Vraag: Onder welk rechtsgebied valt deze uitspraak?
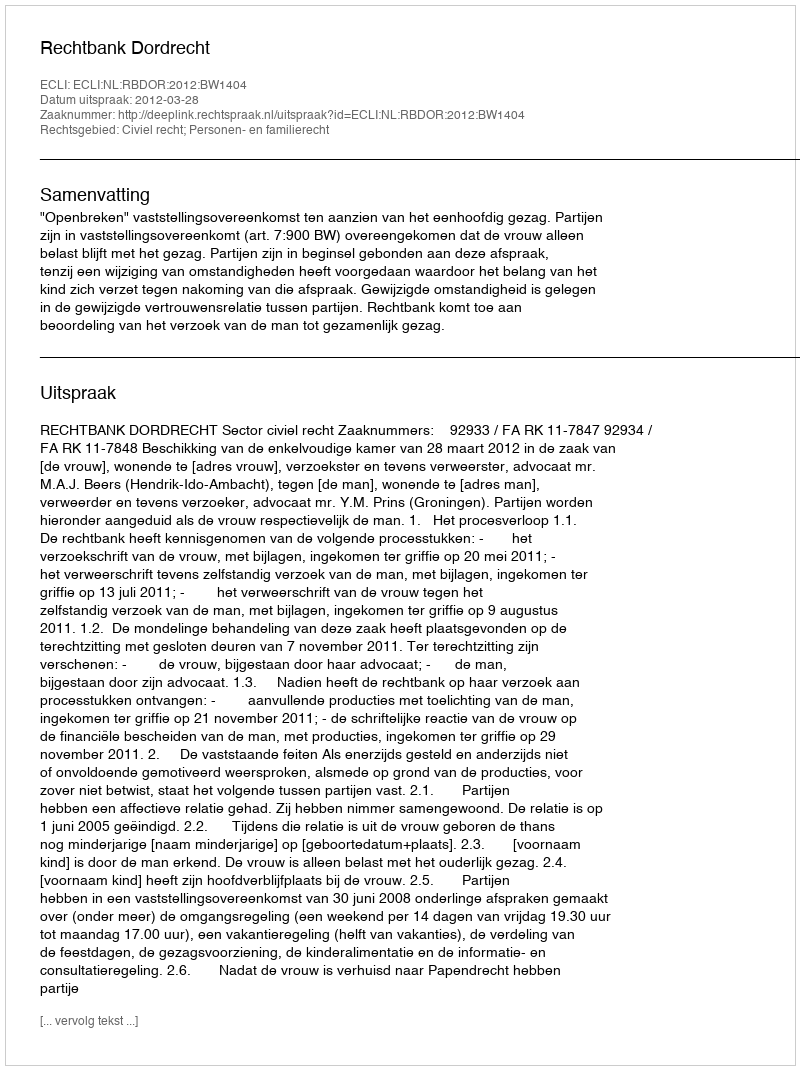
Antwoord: Civiel recht; Personen- en familierecht